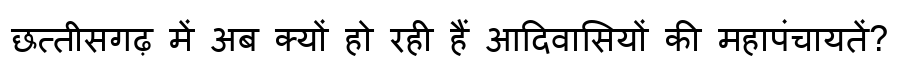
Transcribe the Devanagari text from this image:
छत्तीसगढ़ में अब क्यों हो रही हैं आदिवासियों की महापंचायतें?